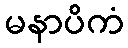
မနာပိကံ